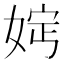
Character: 𡜷